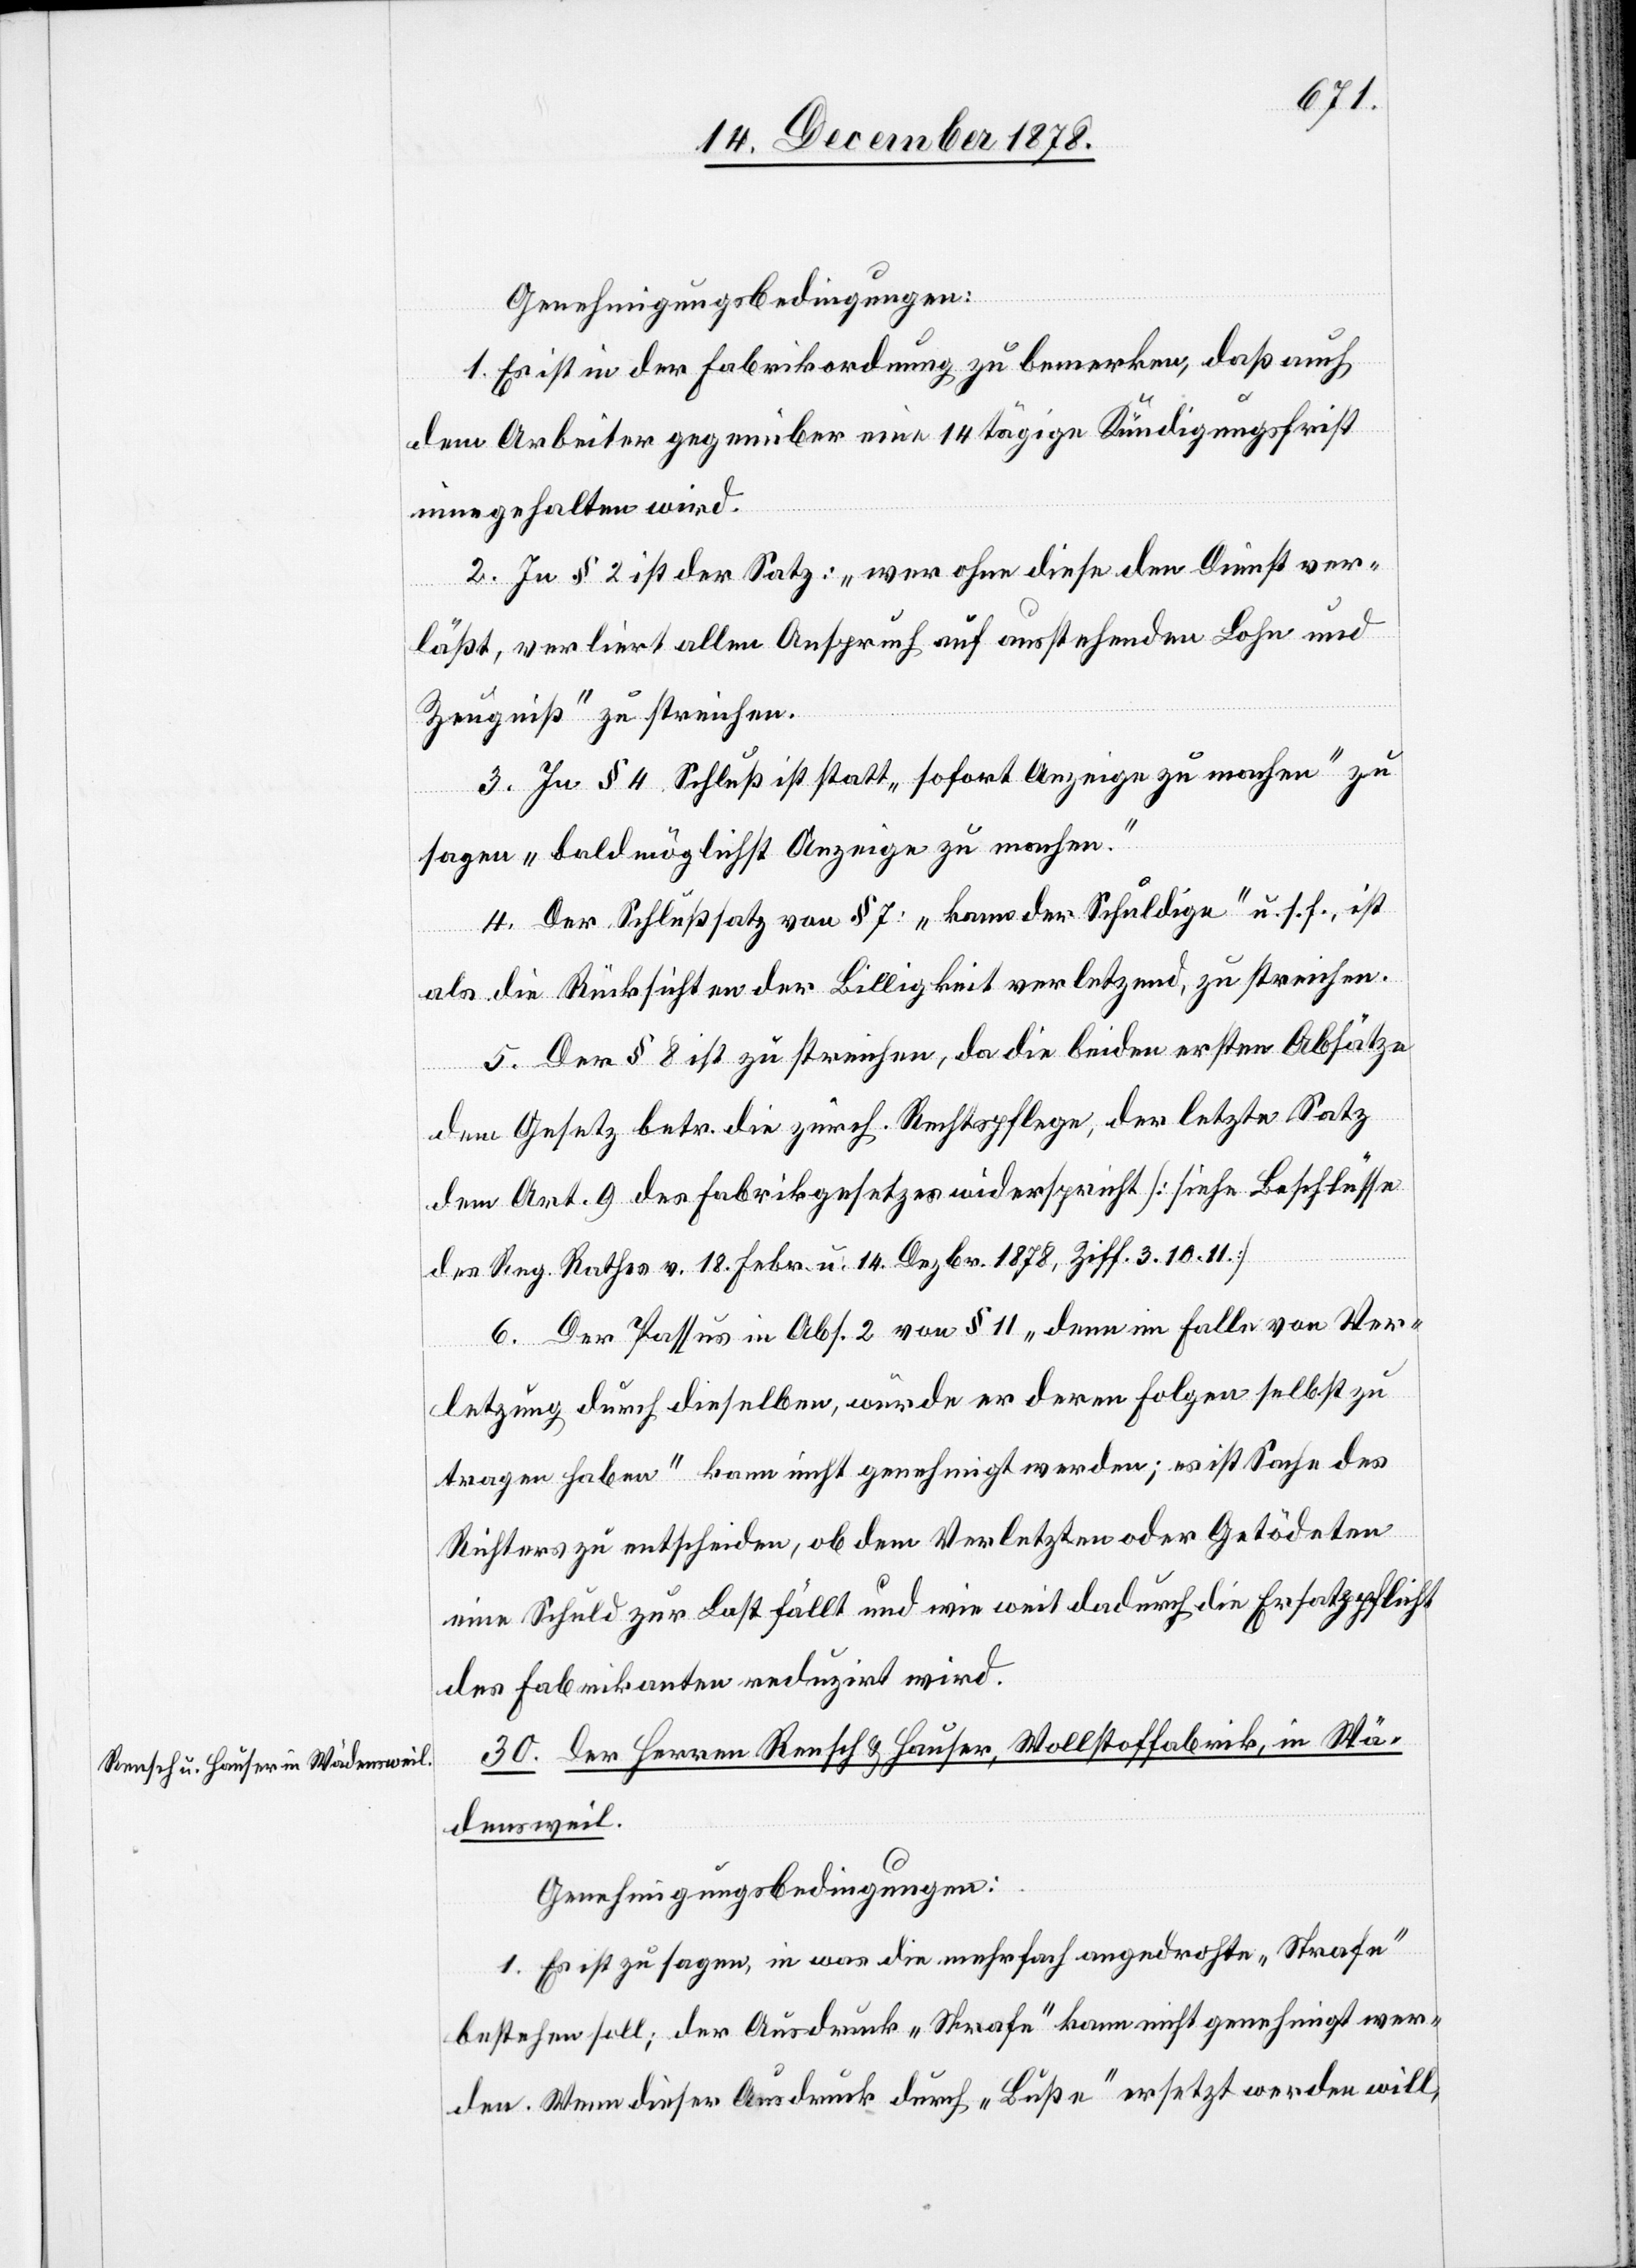
Genehmigungsbedingungen:
1. Es ist in der Fabrikordnung zu bemerken, daß auch
dem Arbeiter gegenüber eine 14 tägige Kündigungsfrist
eingehalten wird.
2. In § 2 ist der Satz: „wer ohne diese den Dienst ver¬
läßt, verliert allen Anspruch auf ausstehenden Lohn und
Zeugniß“ zu streichen.
3. In § 4 Schluß ist statt „sofort Anzeige zu machen“ zu
sagen „baldmöglichst Anzeige zu machen.“
4. Der Schlußsatz von § 7: „kann der Schuldige.“ u. s. f. ist
als die Rücksichten der Billigkeit verletzend, zu streichen.
5. Der § 8 ist zu streichen, da die beiden ersten Absätze
dem Gesetz betr. die zürch. Rechtspflege, der letzte Satz
dem Art. 9 des Fabrikgesetzes widerspricht [siehe Beschlüsse
des Reg. Rathes v. 18. Febr. u. 14. Dezbr. 1878, Ziff. 3. 10. 11.]
6. Der Passus in Abs. 2 von § 11 „denn im Falle von Ver¬
letzung durch dieselben, würde er deren Folgen selbst zu
tragen haben“ kann nicht genehmigt werden; es ist Sache des
Richters zu entscheiden, ob dem Verletzten oder Getödeten
eine Schuld zur Last fällt und wie weit dadurch die Ersatzpflicht
der Fabrikanten reduzirt wird.
30. der Herren Rensch & Hauser, Wollstoffabrik, in Wä¬
densweil.
Genehmigungsbedingungen:
1. Es ist zu sagen, in was die mehrfach angedrohte „Strafe“
bestehen soll; der Ausdruck „Strafe“ kann nicht genehmigt wer¬
den. Wenn dieser Ausdruck durch „Buße“ ersetzt werden will,